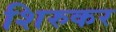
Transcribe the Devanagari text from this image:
शिरुकर